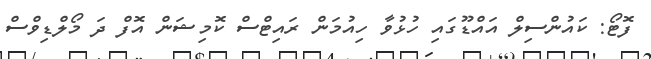
ފޮޓޯ: ކައުންސިލް އައްޑޫގައި ހުޅުވާ ހިއުމަން ރައިޓްސް ކޮމިޝަން އޮފް ދަ މޯލްޑިވްސް